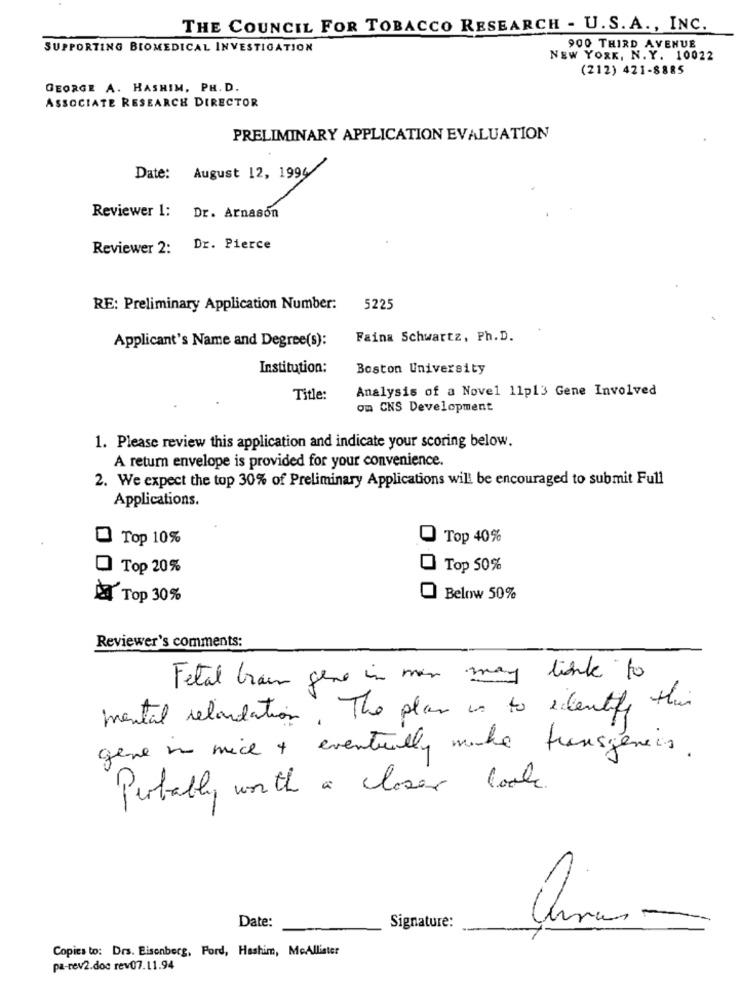
THE COUNCIL FOR TOBACCO RESEARCH - U.S. A ., INC.
SUPPORTING BIOMEDICAL INVESTIGATION
900 THIRD AVENUE
NEW YORK, N. Y. 10022
(212) 421-8885
GEORGE A. HASHIM, PH. D.
ASSOCIATE RESEARCH DIRECTOR
PRELIMINARY APPLICATION EVALUATION
Date: August 12, 1994
Reviewer 1:
Dr. Arnason
Reviewer 2:
Dr. Pierce
RE: Preliminary Application Number:
5225
Faina Schwartz, Ph.D.
Applicant's Name and Degree(s):
Institution:
Boston University
Title:
Analysis of a Novel 11p13 Gene Involved
om CNS Development
1. Please review this application and indicate your scoring below.
A retum envelope is provided for your convenience.
2. We expect the top 30% of Preliminary Applications will be encouraged to submit Full
Applications.
Top 10%
Top 40%
O Top 20%
Top 50%
AT Top 30%
Below 50%
Reviewer's comments:
Fetal train gene in man may tiene to
mental relandation. The plan is to identify this
gene nu nice + eventually make transgeneis.
Perbably worth a closer look .
Date:
Signature:
Copies to: Drs. Eisenberg, Ford, Hashim, McAllister
pa-rev2.doc rev07.11.94